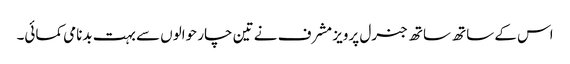
اس کے ساتھ ساتھ جنرل پرویز مشرف نے تین چار حوالوں سے بہت بدنامی کمائی۔